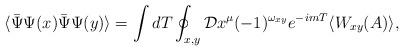
LaTeX: \begin{align*}\langle \bar \Psi \Psi(x) \bar \Psi\Psi (y) \rangle = \int dT\oint_{ x,y}{\cal D} x^\mu (-1)^{ \omega_{x y}}e^{-i m T } \langle W_{xy} (A) \rangle,\end{align*}